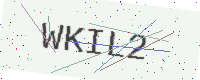
Text: WKIL2